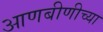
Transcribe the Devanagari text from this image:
आणबीणीच्या